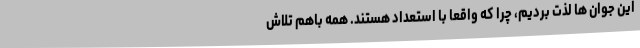
این جوان ها لذت بردیم، چرا که واقعا با استعداد هستند. همه باهم تلاش